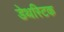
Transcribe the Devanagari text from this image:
डेथस्टिक